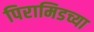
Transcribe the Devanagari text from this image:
पिरामिडच्या